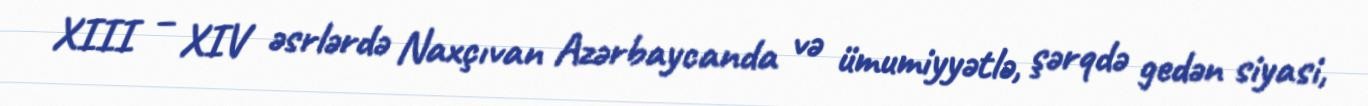
XIII – XIV əsrlərdə Naxçıvan Azərbaycanda və ümumiyyətlə, şərqdə gedən siyasi,